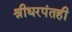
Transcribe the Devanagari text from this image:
श्रीधरपंतही